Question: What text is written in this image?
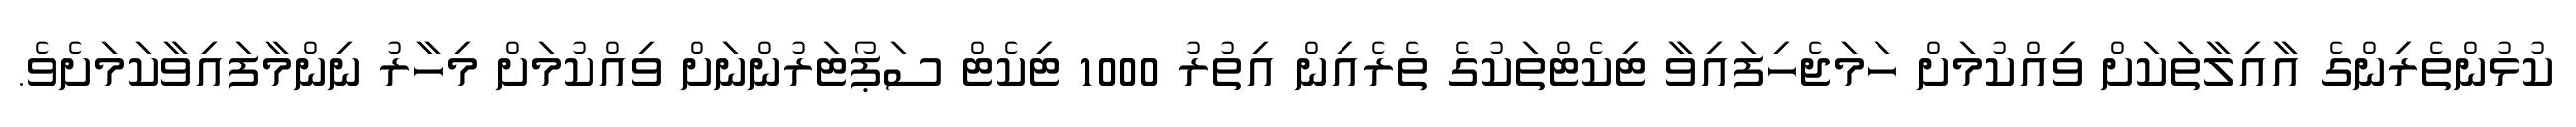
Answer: ކުޅުންތެރިންގެ އާއިލާތަކަށް ވިއްކުމަށް ހަމަޖެހިފައިވާ ޓިކެޓްތަކުގެ ތެރެއިން އިތުރު 1000 ޓިކެޓް ސަޕޯޓަރުންނަށް ވިއްކުމަށް މިހާރު ނިންމާފައިވާކަމަށެވެ.